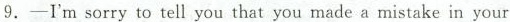
9.——I'm sorry to tell you that you made a mistake in your